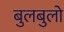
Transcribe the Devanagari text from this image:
बुलबुलो